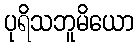
ပုရိသဘူမိယော